Report of the Indian Hemp Drugs Commission, 1894-1895 - Volume VIII
Year: 1894
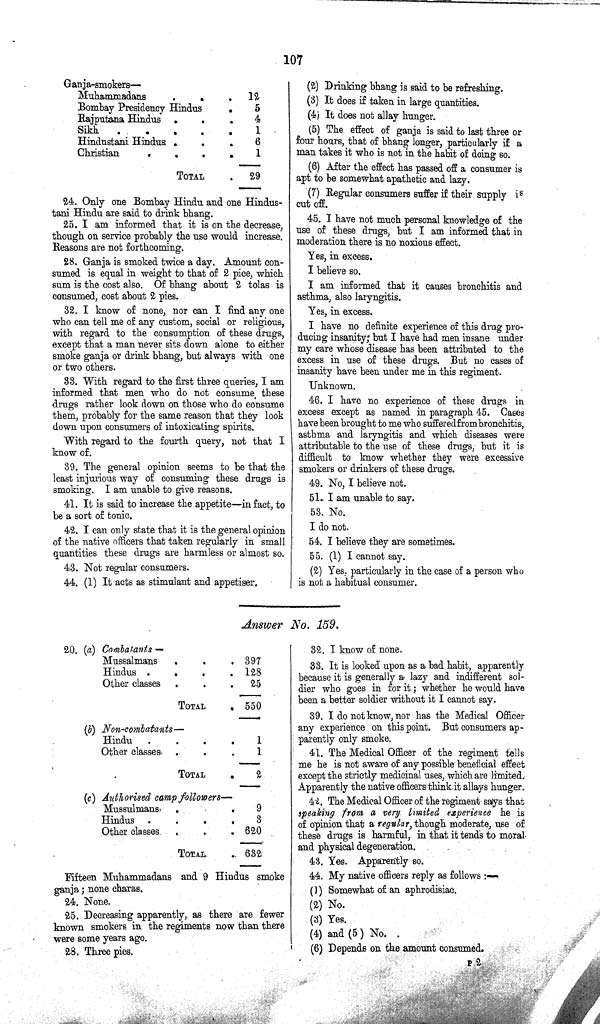
107
Ganja-smokers—
Muhammadans
12
Bombay Presidency Hindus
5
Rajputana Hindus
4
Sikh
1
Hindustani Hindus
6
Christian
1
TOTAL
29
24. Only one Bombay Hindu and one Hindus-
tani Hindu are said to drink bhang.
25. I am informed that it is on the decrease,
though on service probably the use would increase.
Reasons are not forthcoming.
28. Ganja is smoked twice a day. Amount con-
sumed is equal in weight to that of 2 pice, which
sum is the cost also. Of bhang about 2 tolas is
consumed, cost about 2 pies.
32. I know of none, nor can I find any one
who can tell me of any custom, social or religious,
with regard to the consumption of these drugs,
except that a man never sits down alone to either
smoke ganja or drink bhang, but always with one
or two others.
33. With regard to the first three queries, I am
informed that men who do not consume these
drugs rather look down on those who do consume
them, probably for the same reason that they look
down upon consumers of intoxicating spirits.
With regard to the fourth query, not that I
know of.
39. The general opinion seems to be that the
least injurious way of consuming these drugs is
smoking. I am unable to give reasons.
41. It is said to increase the appetite—in fact, to
be a sort of tonic.
42. I can only state that it is the general opinion
of the native officers that taken regularly in small
quantities these drugs are harmless or almost so.
43. Not regular consumers.
44. (1) It acts as stimulant and appetiser.
(2) Drinking bhang is said to be refreshing.
(3) It does if taken in large quantities.
(4) It does not allay hunger.
(5) The effect of ganja is said to last three or
four hours, that of bhang longer, particularly if a
man takes it who is not in the habit of doing so.
(6) After the effect has passed off a consumer is
apt to be somewhat apathetic and lazy.
(7) Regular consumers suffer if their supply is
cut off.
45. I have not much personal knowledge of the
use of these drugs, but I am informed that in
moderation there is no noxious effect.
Yes, in excess.
I believe so.
I am informed that it causes bronchitis and
asthma, also laryngitis.
Yes, in excess.
I have no definite experience of this drug pro¬
ducing insanity; but I have had men insane under
my care whose disease has been attributed to the
excess in use of these drugs. But no cases of
insanity have been under me in this regiment.
Unknown.
46. I have no experience of these drugs in
excess except as named in paragraph 45. Cases
have been brought to me who suffered from bronchitis,
asthma and laryngitis and which diseases were
attributable to the use of these drugs, but it is
difficult to know whether they were excessive
smokers or drinkers of these drugs.
49. No, I believe not.
51. I am unable to say.
53. No.
I do not.
54. I believe they are sometimes.
55. (1) I cannot say.
(2) Yes. particularly in the case of a person who
is not a habitual consumer.
Answer No. 159.
20. (a) Combatants —
Mussalmans
397
Hindus
128
Other classes
25
TOTAL
550
(b) Non-combatants—
Hindu
1
Other classes
1
TOTAL
2
(c) Authorised camp followers—
Mussulmans
9
Hindus
3
Other classes.
620
TOTAL
632
Fifteen Muhammadans and 9 Hindus smoke
ganja; none charas.
24. None.
25. Decreasing apparently, as there are fewer
known smokers in the regiments now than there
were some years ago.
28. Three pies.
32. I know of none.
33. It is looked upon as a bad habit, apparently
because it is generally a lazy and indifferent sol-
dier who goes in for it; whether he would have
been a better soldier without it I cannot say.
39. I do not know, nor has the Medical Officer
any experience on this point. But consumers ap-
parently only smoke.
41. The Medical Officer of the regiment tells
me he is not aware of any possible beneficial effect
except the strictly medicinal uses, which are limited.
Apparently the native officers think it allays hunger.
42. The Medical Officer of the regiment says that
speaking from a very limited, experience he is
of opinion that a regular, though moderate, use of
these drugs is harmful, in that it tends to moral
and physical degeneration.
43. Yes. Apparently so.
44. My native officers reply as follows:—
(1) Somewhat of an aphrodisiac.
(2) No.
(3) Yes.
(4) and (5) No.
(6) Depends on the amount consumed.
P 2